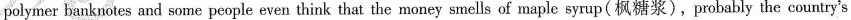
polymer banknotes and some people even think that the money smells of maple syrup(枫糖浆),probably the country's